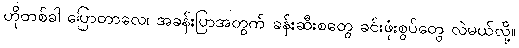
ဟိုတစ်ခါ ပြောတာလေ၊ အခန်းပြာအတွက် ခန်းဆီးစတွေ ခင်းဖုံးစွပ်တွေ လဲမယ်လို့။